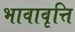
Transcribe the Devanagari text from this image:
भावावृत्ति